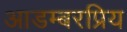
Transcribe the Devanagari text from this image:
आडम्बरप्रिय